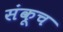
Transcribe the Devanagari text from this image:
संकूच